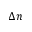
\Delta n